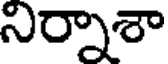
నిర్నాశా